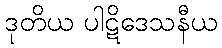
ဒုတိယ ပါဋိဒေသနီယ